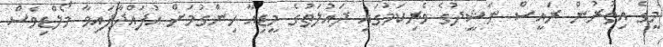
މީގެ އިތުރުން ރައީސް ނަޝީދުގެ ވެރިކަމުގައި ދައުލަތުގެ މީޑިއާ ހިންގުމަށް އުފައްދާފައިވާ މޯލްޑިވެސް